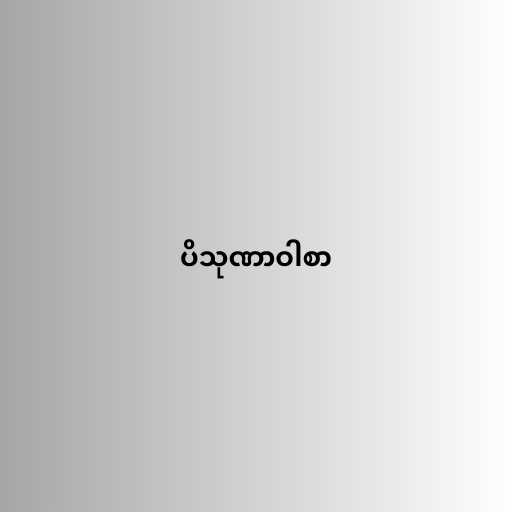
ပိသုဏာဝါစာ